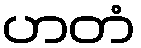
ဟတံ